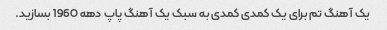
یک آهنگ تم برای یک کمدی کمدی به سبک یک آهنگ پاپ دهه 1960 بسازید.